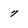
Character: 7